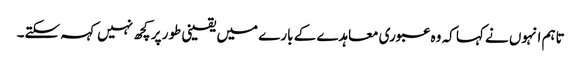
تاہم انہوں نے کہا کہ وہ عبوری معاہدے کے بارے میں یقینی طور پر کچھ نہیں کہہ سکتے۔